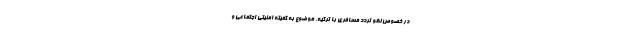
در خصوص لغو تردد مسافری با ترکیه، موضوع به کمیته امنیتی اجتماعی و